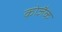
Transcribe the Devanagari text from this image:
कोजैक